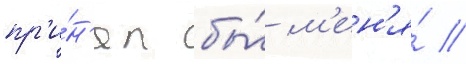
пр'и́н'ял бы́ м'ен'я́ //